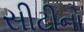
સીટીનો